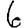
Digit: 6